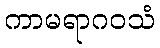
ကာမရာဂဝသံ